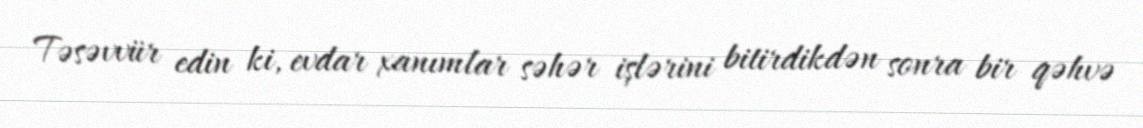
Təsəvvür edin ki, evdar xanımlar səhər işlərini bitirdikdən sonra bir qəhvə